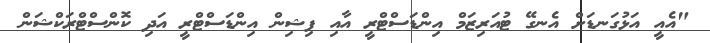
"އެއީ އަޅުގަނޑަށް އެނގޭ ޓުއަރިޒަމް އިންޑަސްޓްރީ އާއި ފިޝިން އިންޑަސްޓްރީ އަދި ކޮންސްޓްރަކްޝަން